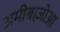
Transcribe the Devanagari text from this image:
अमीबाज़ोआ